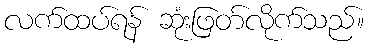
လက်ထပ်ရန် ဆုံးဖြတ်လိုက်သည်။